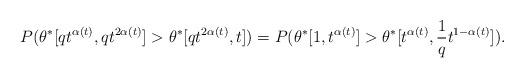
LaTeX: \begin{align*}P(\theta^*[qt^{\alpha(t)},qt^{2\alpha(t)}]>\theta^*[qt^{2\alpha(t)},t])=P(\theta^*[1,t^{\alpha(t)}]>\theta^*[t^{\alpha(t)},\frac{1}{q}t^{1-\alpha(t)}]).\end{align*}